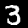
Label: 3